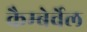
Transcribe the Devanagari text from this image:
कैम्बेर्वेल